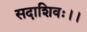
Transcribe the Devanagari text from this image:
सदाशिवः।।